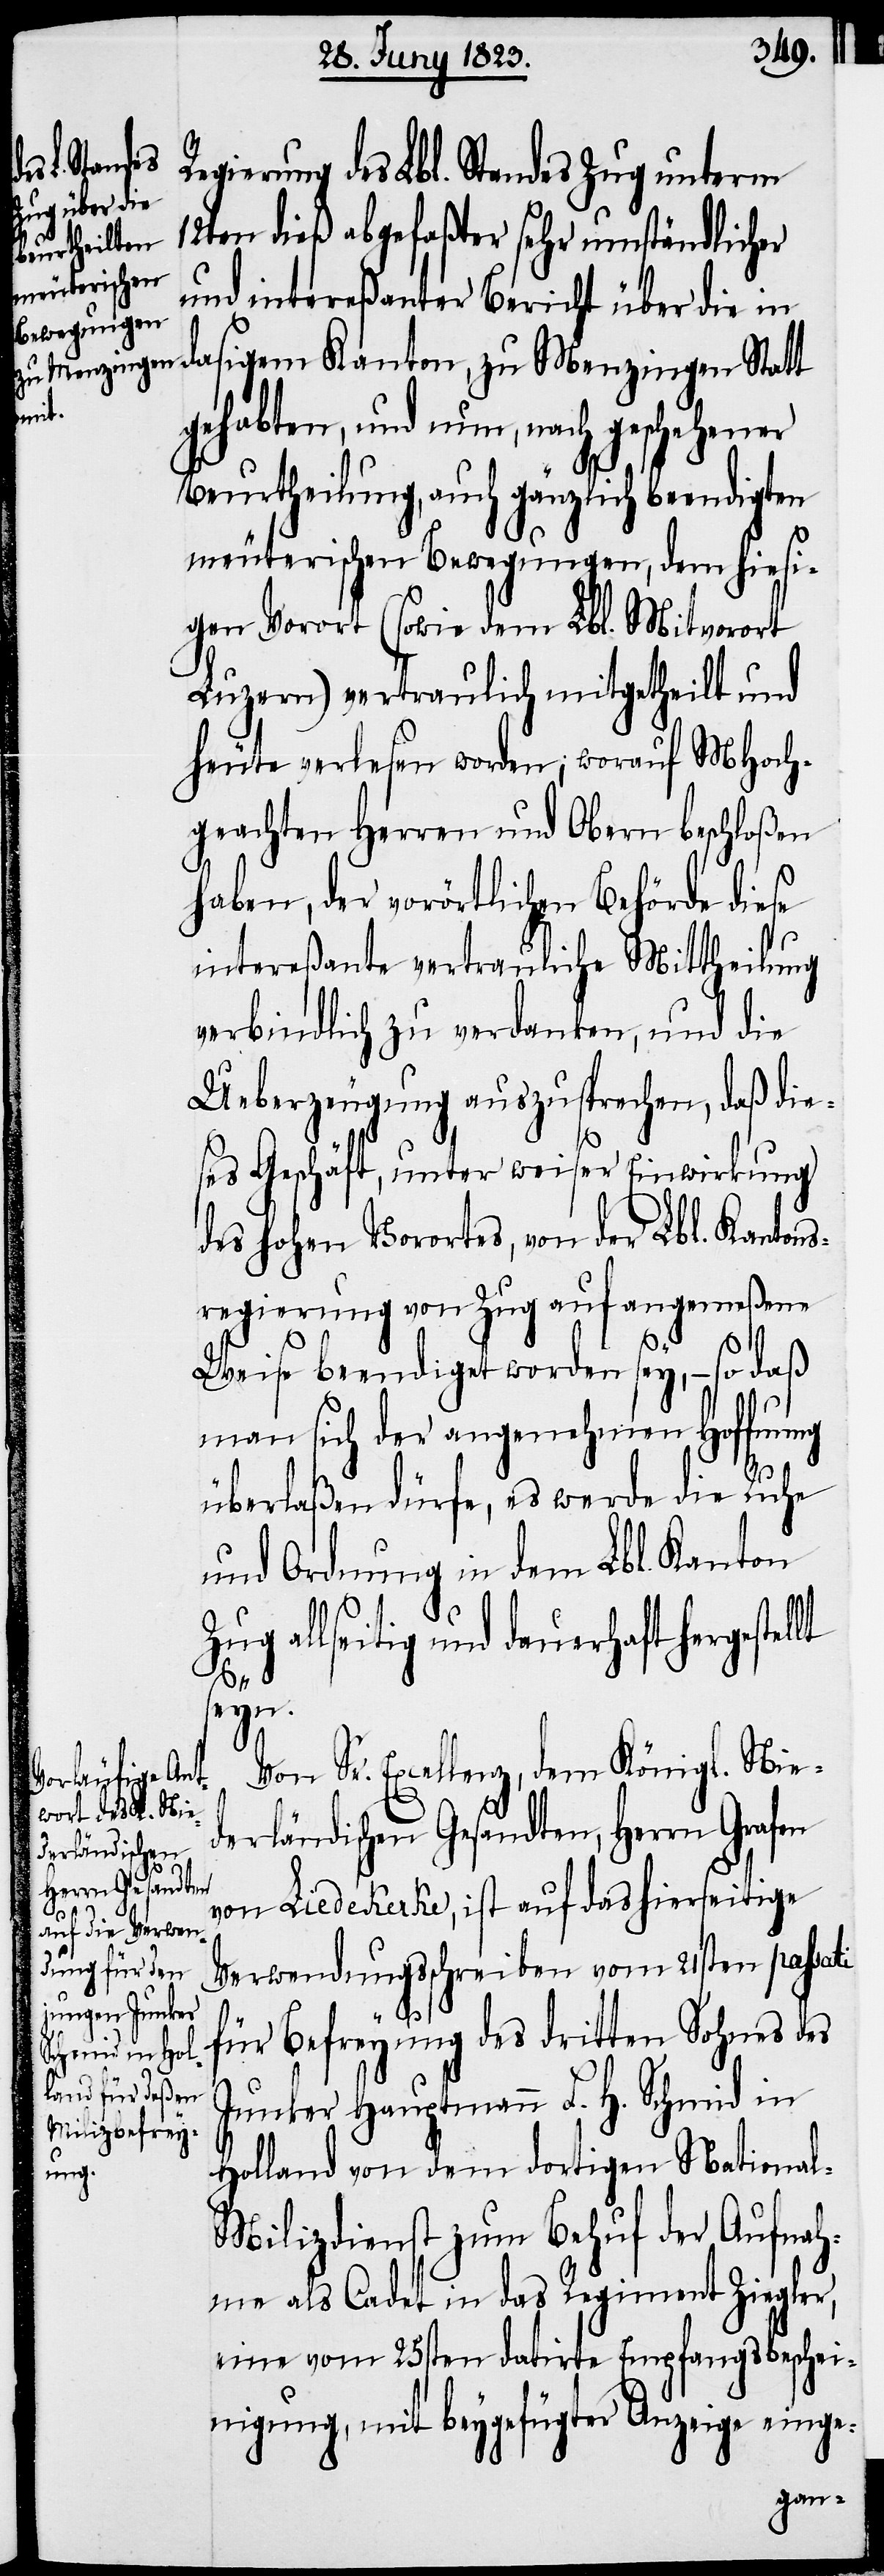
Regierung des Lbl. Standes Zug unterm
12ten dieß abgefaßter sehr umständlicher
und intereßanter Bericht über die in
dasigem Kanton, zu Menzingen Statt
gehabten, und nun, nach geschehener
Beurtheilung, auch gänzlich beendigten
meuterischen Bewegungen, dem hiesi¬
gen Vorort (sowie dem Lbl. Mitvorort
Luzern) vertraulich mitgetheilt und
heute verlesen worden, worauf MHoch¬
geachten Herren und Obern beschloßen
haben, der vorörtlichen Behörde diese
intereßante vertrauliche Mittheilung
verbindlich zu verdanken, und die
Ueberzeugung auszusprechen, daß die¬
ses Geschäft, unter weiser Einwirkung
des hohen Vorortes, von der Lbl. Kantons¬
regierung von Zug auf angemeßene
Weise beendiget worden sey, – so daß
lt
man sich der angenehmen Hoffnung
überlaßen dürfe, es werde die Ruhe
und Ordnung in dem Lbl. Kanton
Zug allseitig und dauerhaft hergestel¬
seyn.
Von Sr. Excellenz, dem Königl. Nie¬
derländischen Gesandten, Herrn Grafen
von Liedekerke, ist auf das hierseitige
Verwendungsschreiben vom 21sten passati
für Befreyung des dritten Sohnes des
Junker Hauptmann F. H. Schmid in
Holland von dem dortigen Nationa¬
l-Milizdienst zum Behuf der Aufnah¬
me als Cadet in das Regiment Ziegler,
eine vom 25sten datirte Empfangsbeschei¬
nigung, mit beygefügter Anzeige einge-